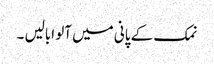
نمک کے پانی میں آلو ابالیں ۔